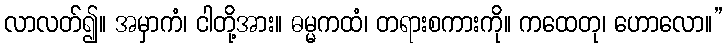
လာလတ်၍။ အမှာကံ၊ ငါတို့အား။ ဓမ္မကထံ၊ တရားစကားကို။ ကထေတု၊ ဟောလော။”